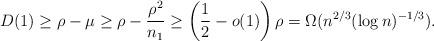
LaTeX: \begin{align*} D(1) \ge \rho - \mu \ge \rho - \frac{\rho^2}{n_1} \ge \left(\frac{1}{2} - o(1)\right)\rho = \Omega(n^{2/3}(\log n)^{-1/3}). \end{align*}